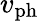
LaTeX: v_{\mathrm{ph}}